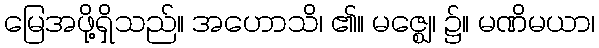
မြေအဖို့ရှိသည်။ အဟောသိ၊ ၏။ မဇ္ဈေ၊ ၌။ မဏိမယာ၊